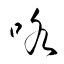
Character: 咯